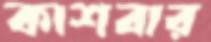
কাশবার